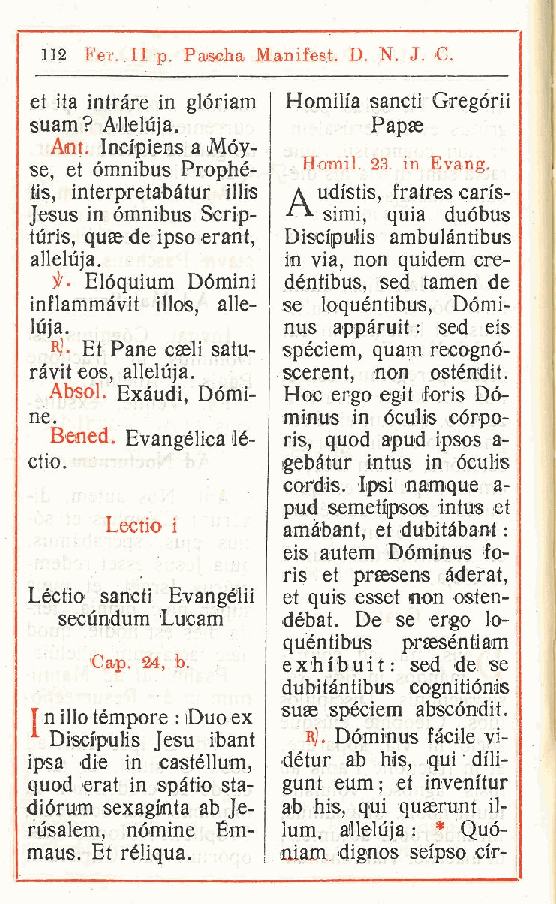
112 Fer. II p Pascha Manifest. D. N. J. C.
 .
 et ita intràre in glóriam Homilfa sancti Gregórii
 suam? Alleluja.        Papas
 Ant. Indpiens a Móy-
 se, et òmnibus Prophé- Hranil. 23. in Evang.
 tis, interpretabàtur illis a udi'stis, fratres can's-
 Jesus in òmnibus Scrip- simi quia duòbus
 ,
 turis, quas de ipso erant, Discipulis ambulàntibus
 alleluja.        in via, non quidem cre-
 Elòquium Dòmini dèntibus, sed tamen de
 inflammàvit illos alle- se loquèntibus, Dòmi-
 ,
 luja.            nus appàruit : sed eis
 R1 Et Pane cseli satu- spèciem, quam recognò-
 r -
 ràvit eos, alleluja. scerent, non osténdit.
 Absol. Exàudi Dòmi- Hoc ergo egit foris Dó-
 ,
 ne.              minus in óculis còrpo-
 Bemed. Evangèlica lé- ris, quod apud ipsos a-
 ctio.            gebàtur intus in òculis
 cordis. Ipsi namque a-
 pud semetfpsos intus et
 Lectio i    amàbant, et dubitàbant :
 eis autem Dòminus fo-
 ris et praesens àderat,
 Léctio sancti Evangélii et quis esset non osten-
 secùndum Lucam débat. De se ergo lo-
 quèntibus prsesèntiam
 Gap. 24, b.  exh litui t : sed de se
 dubitàntibus cognitiònis
 suse spéciem abscòndit.
 [ n ilio tèmpore : iDuo ex
 Disci'pulis Jesu ibant r). Dòminus fàcile vi-
 ipsa die in castéllum, dètur ab bis, qui dili-
 quod erat in spàtio sta- gunt eum; et invenftur
 diòrum sexaginta ab Je- ab bis, qui quaerunt il-
 rùsalem, nòmine Ém- lum alleluja : * Quò-
 .
 maus. Et rèliqua. aiam. dignos seipso clr-